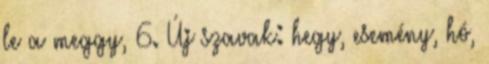
le a meggy, 6. Új szavak: hegy, esemény, hó,